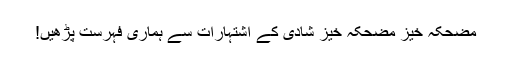
مضحکہ خیز مضحکہ خیز شادی کے اشتہارات سے ہماری فہرست پڑھیں!